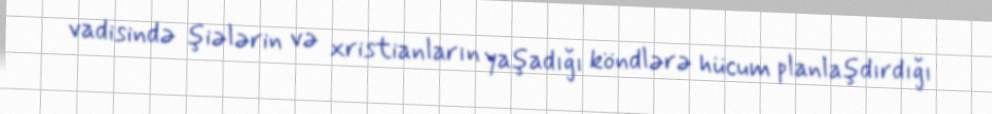
vadisində şiələrin və xristianların yaşadığı köndlərə hücum planlaşdırdığı